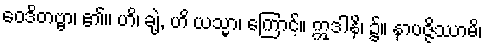
ဝေဒိတဗ္ဗာ၊ ၏။ ဟိ၊ ချဲ့, ဟိ ယသ္မာ၊ ကြောင့်။ ဣဒါနိ၊ ၌။ နာပဇ္ဇိဿာမိ၊